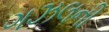
ગઝલની